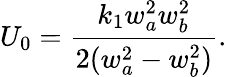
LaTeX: U_{0}=\frac{k_{1}w_{a}^{2}w_{b}^{2}}{2(w_{a}^{2}-w_{b}^{2})}.